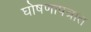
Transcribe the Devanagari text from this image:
घोषणापत्रात